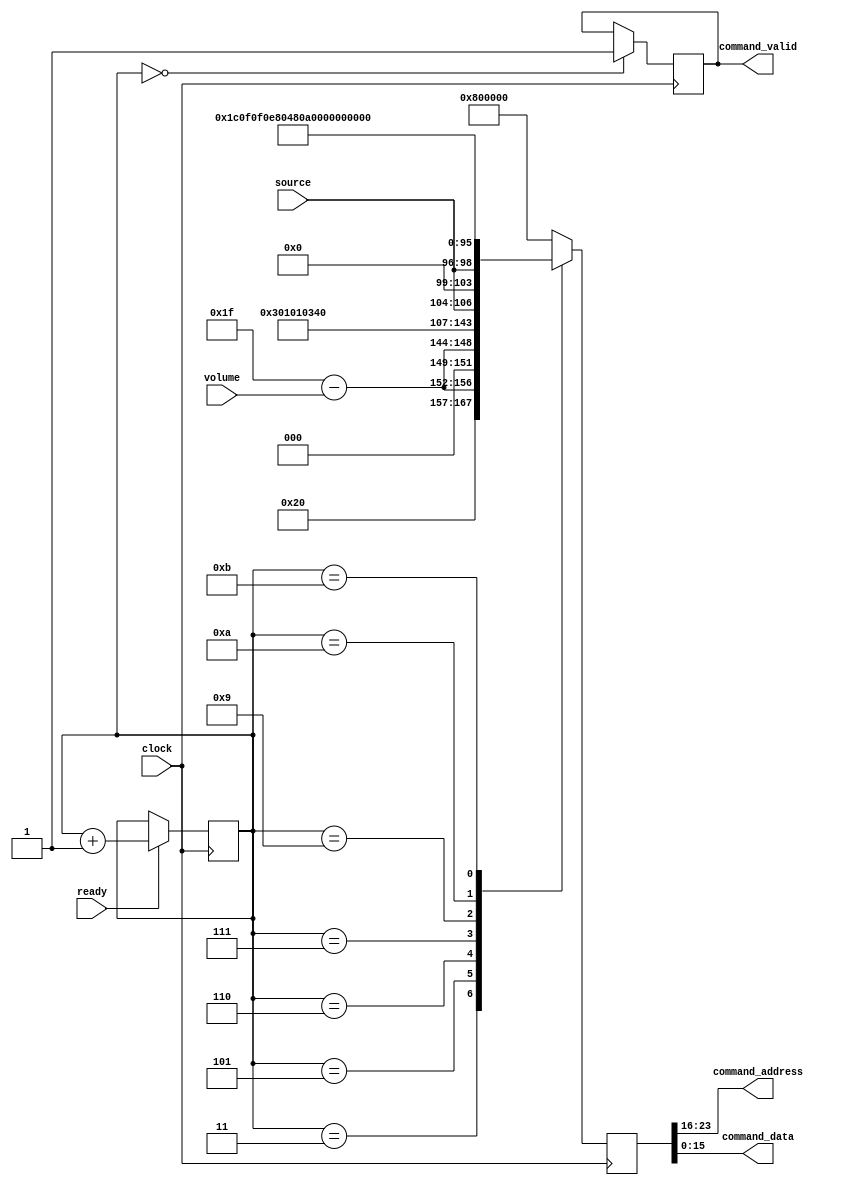
`timescale 1ns / 1ps
//////////////////////////////////////////////////////////////////////////////////
// Company:
// Engineer:
//
// Design Name:
// Module Name:    ac97commands
// Project Name:
// Target Devices:
// Tool versions:
// Description:
//
// Dependencies:
//
// Revision:
// Revision 0.01 - File Created
// Additional Comments:
//
//////////////////////////////////////////////////////////////////////////////////
module ac97commands (clock, ready, command_address, command_data,
                     command_valid, volume, source);

   input clock;
   input ready;
   output [7:0] command_address;
   output [15:0] command_data;
   output command_valid;
   input [4:0] volume;
   input [2:0] source;

   reg [23:0] command;
   reg command_valid;

   reg [3:0] state;

   initial begin
      command <= 4'h0;
      // synthesis attribute init of command is "0";
      command_valid <= 1'b0;
      // synthesis attribute init of command_valid is "0";
      state <= 16'h0000;
      // synthesis attribute init of state is "0000";
   end

   assign command_address = command[23:16];
   assign command_data = command[15:0];

   wire [4:0] vol;
   assign vol = 31-volume;  // convert to attenuation

   always @(posedge clock) begin
      if (ready) state <= state+1;

      case (state)
        4'h0: // Read ID
          begin
             command <= 24'h80_0000;
             command_valid <= 1'b1;
          end
        4'h1: // Read ID
          command <= 24'h80_0000;
        4'h3: // headphone volume
          command <= { 8'h04, 3'b000, vol, 3'b000, vol };
        4'h5: // PCM volume
          command <= 24'h18_0808;
        4'h6: // Record source select
          command <= { 8'h1A, 5'b00000, source, 5'b00000, source};
        4'h7: // Record gain = max
	        command <= 24'h1C_0F0F;
        4'h9: // set +20db mic gain
          command <= 24'h0E_8048;
        4'hA: // Set beep volume
          command <= 24'h0A_0000;
        4'hB: // PCM out bypass mix1
          command <= 24'h20_8000;
        default:
          command <= 24'h80_0000;
      endcase // case(state)
   end // always @ (posedge clock)
endmodule // ac97commands